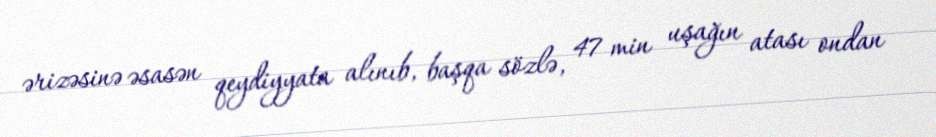
ərizəsinə əsasən qeydiyyata alınıb, başqa sözlə, 47 min uşağın atası ondan